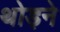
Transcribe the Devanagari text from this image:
थोड़ने